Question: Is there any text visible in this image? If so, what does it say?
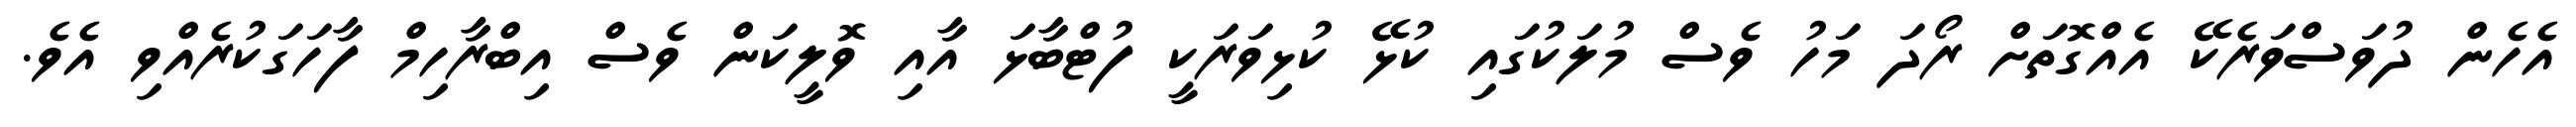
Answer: އެހެން ދުވަސްވަރެކޭ އެއްގޮތަށް ރޯދަ މަހު ވެސް މުލަކުގައި ކުޅޭ ކުޅިވަރަކީ ފުޓްބާޅަ އާއި ވޮލީކަން ވެސް އިބްރާހިމް ފާހަގަކުރެއްވި އެވެ.